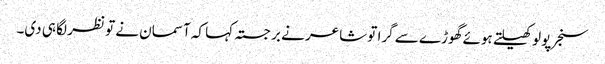
سنجر پولو کھیلتے ہوئے گھوڑے سے گرا تو شاعر نے برجستہ کہا کہ آسمان نے تو نظر لگا ہی دی۔